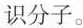
识分子。